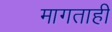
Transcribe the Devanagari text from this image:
मागताही